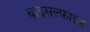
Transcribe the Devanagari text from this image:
बाइसल्फ़ाइड